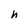
Character: h